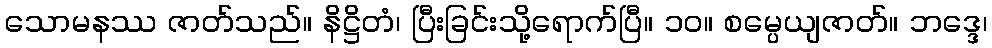
သောမနဿ ဇာတ်သည်။ နိဋ္ဌိတံ၊ ပြီးခြင်းသို့ရောက်ပြီ။ ၁၀။ စမ္ပေယျဇာတ်။ ဘဒ္ဒေ၊